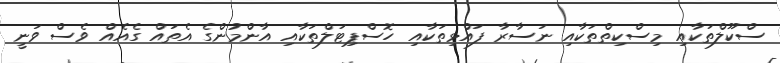
ސްކޫލްތަކާއި މިސްކިތްތަކާއި ނަސާރާ ފައްޅިތަކާއި ހޮސްޕިޓަލްތަކާއި އާންމުންގެ އެތައް ގެއެއް ވެސް ވަނީ